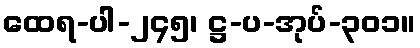
ထေရ-ပါ-၂၄၅၊ ဋ္ဌ-ပ-အုပ်-၃၀၁။